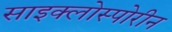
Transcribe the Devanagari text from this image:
साइक्लोस्पोरीन